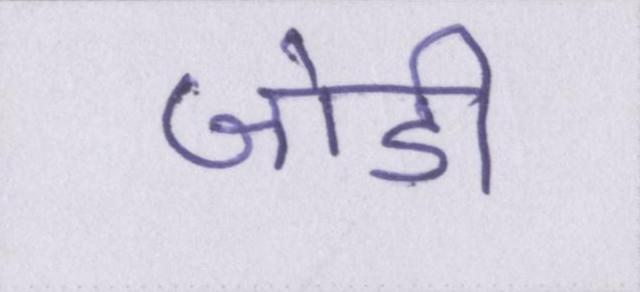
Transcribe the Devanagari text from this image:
जोडी